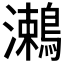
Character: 𪄠